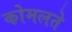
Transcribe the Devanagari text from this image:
कोमलते